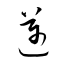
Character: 邁